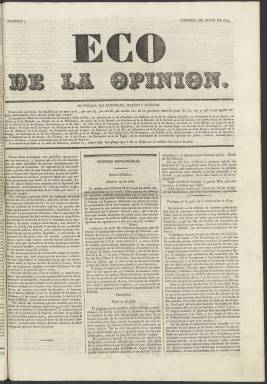
Título: Eco de la opinión
Colección: Periódicos anteriores a 1850
Ámbito geográfico: Madrid
Lugar de publicación: Madrid
Fechas: 02/05/1834-18/05/1834

Este periódico nacido en mayo de 1834 y de vida efímera tiene la particularidad de que se presenta a los lectores como portavoz de la opinión pública, es decir, como un medio que reflejaba de manera independiente lo que pensaba la gente. Si eso es algo siempre difícil de definir, lo es más en una época en la que nacía tímidamente la España liberal y realmente lo que existía era la censura y la prensa de partido.

   En su primer número los editores del Eco de la opinión proclaman que no entienden por opinión ‘ese intolerable espíritu de partido que ciega regularmente a la muchedumbre, forzándola a desacertadas e intempestivas exigencias, sino el enunciado de la voluntad general de los hombres sensatos y entendidos’. Más adelante declaran abiertamente su independencia de criterio, aunque el periódico se puede enmarcar dentro del liberalismo progresista.

   Se acababa de aprobar el Estatuto Real, tras la muerte de Fernando VII, y la reina regente María Cristina buscaba el apoyo de los liberales a su Gobierno y a los derechos al trono de su hija Isabel contra el hermano del rey, don Carlos, quien dio inicio a una guerra de siete años, la primera guerra carlista.

   Los redactores del Eco de la opinión eran los mismos que los de El Cínife, del que se puede considerar continuación. Este último periódico, de ideario liberal y constitucionalista, había sido suprimido por sus críticas al Gobierno de Francisco Martínez de la Rosa, defensor de un restringido sistema liberal.

  Es curioso como la palabra Eco de la cabecera del periódico está escrita en grandes caracteres tipográficos para resaltar la idea que se quiere trasmitir de reflejar con exactitud el pensamiento de la opinión pública. La publicación salía tres veces por semana, domingo, martes y viernes y constaba de cuatro páginas por número.

   El contenido del Eco de la opinión se estructuraba en un artículo de fondo en la portada seguido de una sección de Noticias extranjeras de las diferentes capitales europeas y otra de información sobre España, con noticias entre otras de los acontecimientos derivados de la guerra carlista. Había otras secciones menores de variedades, literatura y algunos anuncios.

En el último número del periódico, el del 18 de mayo, sus redactores declaran pomposamente que no reconocen ‘soberanía alguna superior a la del pueblo’, lo que les enfrentaba de nuevo al Gobierno de Martínez de la Rosa, que suprimió la publicación, junto con otros tres periódicos, en víspera de las elecciones convocadas para el 20 de mayo, unas elecciones muy restringidas con un censo electoral muy reducido.

  Los periódicos suprimidos fueron, además del Eco de la opinión, El Universal, La Nación y El Tiempo, según la investigación de Natividad Araque Hontangas, de la Universidad Complutense, publicada en Cuadernos de Historia Contemporánea (2010) y que puede leerse en abierto en la Red.

 Aun sin citar sus nombres, la Revista española informó el 21 de mayo de 1834 de la supresión de esos periódicos haciendo una tímida crítica por el número de familias que dejaba sin sustento la decisión gubernamental.

[Descripción publicada el 11/09/2023]